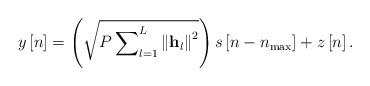
LaTeX: \begin{align*} y\left[ n \right] = \left( {\sqrt {P\sum\nolimits_{l = 1}^L {{{\left\| {{{\bf{h}}_l}} \right\|}^2}} } } \right)s\left[ {n - {n_{\max }}} \right] + z\left[ n \right]. \end{align*}